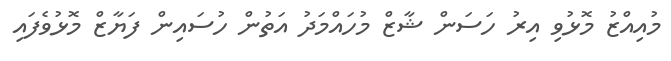
މުއިއްޒު މޮޅުވި އިރު ހަސަން ޝާޒް މުހައްމަދު އަތުން ހުސައިން ފަޔާޒް މޮޅުވެފައި